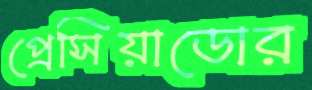
প্রেসিয়াডোর